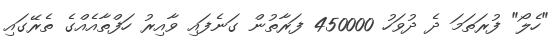
"ހެލޯ" ފުރަތަމަ ދެ ދުވަހު 450000 ފަރާތުން ގަނެފައި ވާއިރު ހަފްތާއެއްގެ ތެރޭގައި